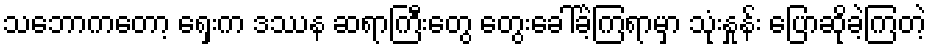
သဘောကတော့ ရှေးက ဒဿန ဆရာကြီးတွေ တွေးခေါ်ခဲ့ကြရာမှာ သုံးနှုန်း ပြောဆိုခဲ့ကြတဲ့